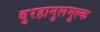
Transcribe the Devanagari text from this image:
बुरहानुलमुल्क